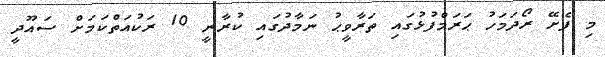
މި ފެށޭ ރޯދަމަހު ޙަރަމްފުޅުގައި ތަރާވީޙު ނަމާދުގައި ކުރާނީ 10 ރަކުއަތްކަމަށް ސައޫދީ